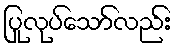
ပြုလုပ်သော်လည်း